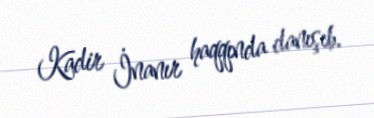
Kadir İnanır haqqında danışıb.